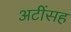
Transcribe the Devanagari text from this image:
अटींसह